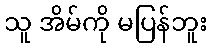
သူ အိမ်ကို မပြန်ဘူး